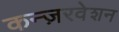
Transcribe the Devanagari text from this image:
कन्ज़रवेशन